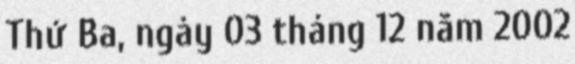
Thứ Ba, ngày 03 tháng 12 năm 2002